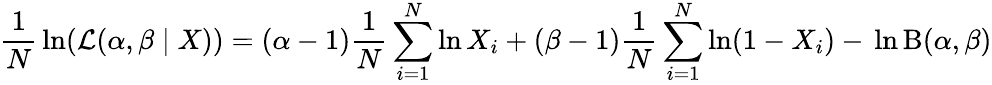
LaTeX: {\frac{1}{N}}\ln({\mathcal{L}}(\alpha,\beta\mid X))=(\alpha-1){\frac{1}{N}}\sum_{i=1}^{N}\ln X_{i}+(\beta-1){\frac{1}{N}}\sum_{i=1}^{N}\ln(1-X_{i})-\, \ln\mathrm{B}(\alpha,\beta)